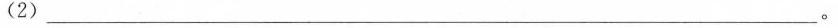
(2)\underline。